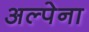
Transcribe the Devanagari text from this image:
अल्पेना